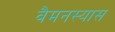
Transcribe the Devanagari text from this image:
वैमनस्यास